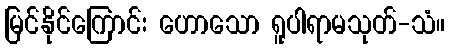
မြင်နိုင်ကြောင်း ဟောသော ရူပါရာမသုတ်-သံ။